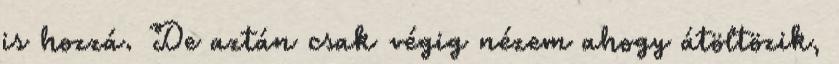
is hozzá. De aztán csak végig nézem ahogy átöltözik,